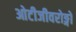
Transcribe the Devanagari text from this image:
ओटीजीवरोङ्गो